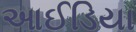
આઈડિયા